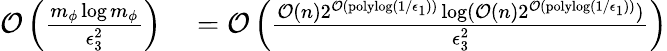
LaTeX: \begin{array}{rl}{\mathcal{O}\left(\frac{m_{\phi}\log m_{\phi}}{\epsilon_{3}^{2}}\right)}&{{}=\mathcal{O}\left(\frac{\mathcal{O}(n)2^{\mathcal{O}(\mathrm{polylog}(1/\epsilon_{1}))}\log(\mathcal{O}(n)2^{\mathcal{O}(\mathrm{polylog}(1/\epsilon_{1}))})}{\epsilon_{3}^{2}}\right)}\end{array}